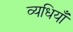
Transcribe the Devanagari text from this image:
व्यधियाँ